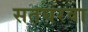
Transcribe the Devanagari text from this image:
सतघरवा